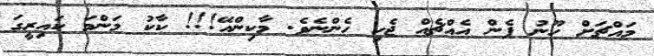
މައްޗަށް ހޫނު ފެން އެއްޗެއް ޖެހި ހެންނެވެ. މާކިންއޭ!!! ކާކު މަންމަ ކައިރީގަ